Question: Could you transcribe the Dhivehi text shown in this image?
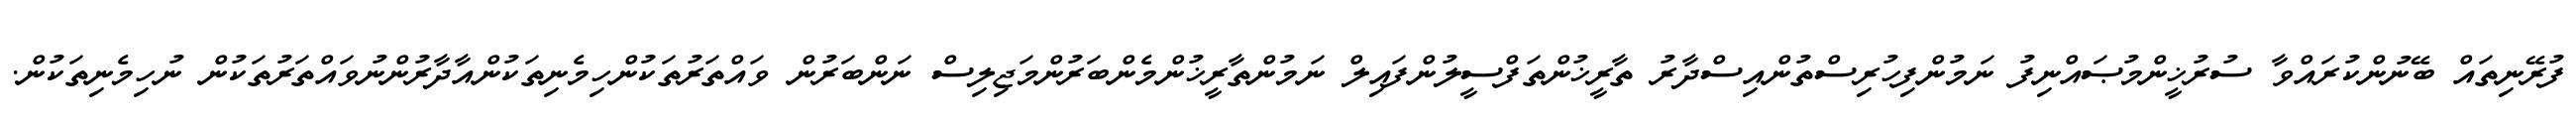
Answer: ފުރޭނިތައް ބޭނުންކުރައްވާ ސުރުޚީންމުޞައްނިފު ނަމުންފިހުރިސްތުންއިސްދާރު ތާރީޚުންތަފްސީލުންފައިލް ނަމުންތާރީޚުންމެންބަރުންމަޖިލިސް ނަންބަރުން ވައްތަރުތަކުންހިމެނިތަކުންއާދާރުންނުވައްތަރުތަކުން ނުހިމެނިތަކުން.